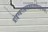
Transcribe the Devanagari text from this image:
प्रोद्दण्डराक्षसमहावनरुट्कृशानो।